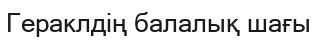
Гераклдің балалық шағы